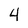
Character: 4